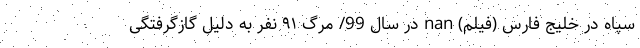
سپاه در خلیج فارس (فیلم) nan در سال 99/ مرگ ۹۱ نفر به دلیل گازگرفتگی